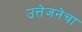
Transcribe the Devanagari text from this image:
उत्तेजनेचा